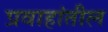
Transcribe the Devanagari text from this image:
प्रवाहांतील